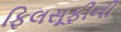
ફિલસૂફીની